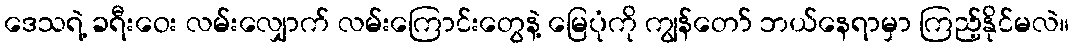
ဒေသရဲ့ ခရီးဝေး လမ်းလျှောက် လမ်းကြောင်းတွေနဲ့ မြေပုံကို ကျွန်တော် ဘယ်နေရာမှာ ကြည့်နိုင်မလဲ။